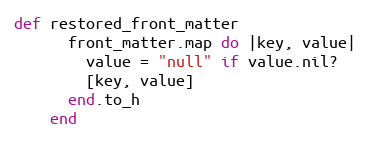
Language: Ruby
def restored_front_matter
      front_matter.map do |key, value|
        value = "null" if value.nil?
        [key, value]
      end.to_h
    end